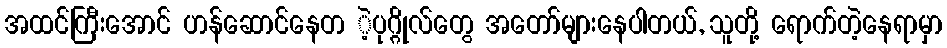
အထင်ကြီးအောင် ဟန်ဆောင်နေတ ဲ့ပုဂ္ဂိုလ်တွေ အတော်များနေပါတယ်, သူတို့ ရောက်တဲ့နေရာမှာ